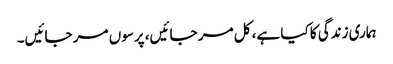
ہماری زندگی کا کیا ہے، کل مر جائیں، پرسوں مر جائیں۔